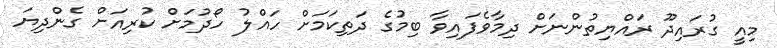
މިއީ ގުރައިދޫ ރައްޔިތުންނަށް ދިމާވެފައިވާ ބިމުގެ ދަތިކަމަށް ހައްލު ހޯދުމަށް ކުރިއަށް ގެންދިޔަ